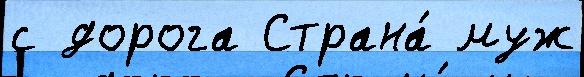
с дорога Страна́ муж